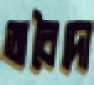
অবৈদো